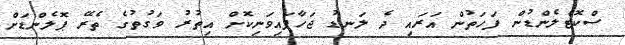
ސްކޮޓްލެންޑުން ފަހަތުން އަރައި ދެ ލަނޑު ޖަހާފައިވަނިކޮށް އިތުރު ވަގުތުގެ ތެރޭ ޕޮލެންޑަށް